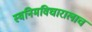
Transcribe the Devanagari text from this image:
स्वनिमविचारालाच